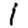
Digit: 1